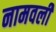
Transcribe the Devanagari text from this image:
नामवली